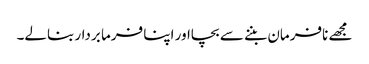
مجھے نافرمان بننے سے بچااور اپنا فرما بردار بنالے۔